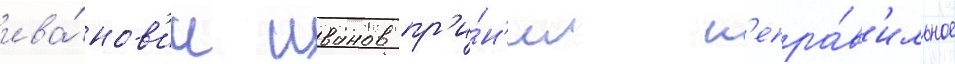
ива́нов'ич иванов пр'и́н'ял н'епра́в'ильное